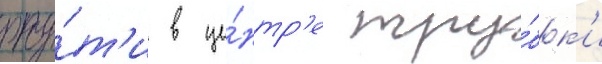
рту́т'и в це́нтр'е тру́бк'и